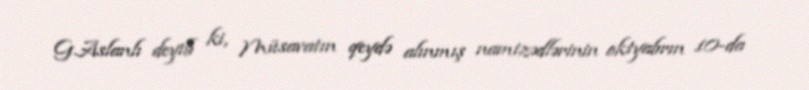
G.Aslanlı deyib ki, Müsavatın qeydə alınmış namizədlərinin oktyabrın 10-da